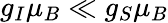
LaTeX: g_{I}\mu_{B}\ll g_{S}\mu_{B}